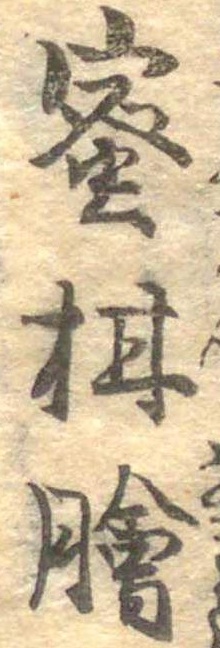
蜜柑膾